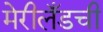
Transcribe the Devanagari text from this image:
मेरीलँडची